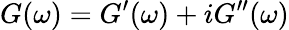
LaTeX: G(\omega)=G^{\prime}(\omega)+iG^{\prime\prime}(\omega)